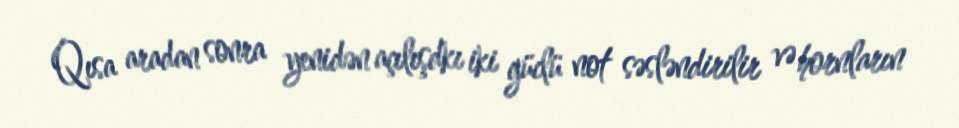
Qısa aradan sonra yenidən açılışdkı iki güclü not səsləndirilir və hornların